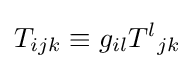
T_{ijk}\equiv g_{il}{T^{l}}_{jk}